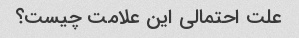
علت احتمالی این علامت چیست؟